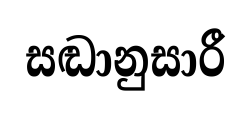
සඬානුසාරී